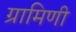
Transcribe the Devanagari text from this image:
ग्रामिणी